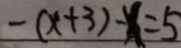
- ( x + 3 ) - x = 5